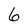
Character: 6